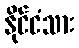
နိုင်ငံသား